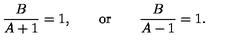
{ \frac { B } { A + 1 } } = 1 , \qquad \mathrm { o r } \qquad { \frac { B } { A - 1 } } = 1 .